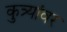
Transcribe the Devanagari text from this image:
कुत्र्यांवर